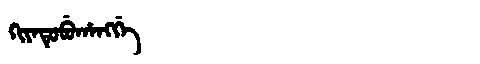
Manchu: ᡴᡳᠶᠠᡨᡠᠪᡠᡥᠠᠩᡤᡝ
Romanization: KIYATUBUHANGGE